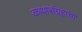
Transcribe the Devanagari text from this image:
कथासंग्रहाचा